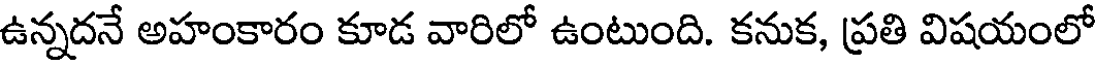
ఉన్నదనే అహంకారం కూడ వారిలో ఉంటుంది. కనుక, ప్రతి విషయంలో